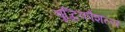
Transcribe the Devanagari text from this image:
बुद्धिकौशल्य